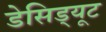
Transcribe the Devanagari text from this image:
डेसिड्यूट